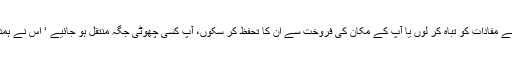
اب میں خود اپنے مفادات کو تباہ کر لوں یا آپ کے مکان کی فروخت سے ان کا تحفظ کر سکوں، آپ کسی چھوٹی جگہ منتقل ہو جائیے ‘ اس نے ہمدردی سے کہا۔